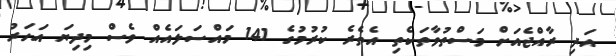
އަދި ރާއްޖެއަށް މަސްތުވާތަކެތި އެތެރެ ކުރުމުގެ 141 މައްސަލައެއް ވެސް މިދިޔަ އަހަރު